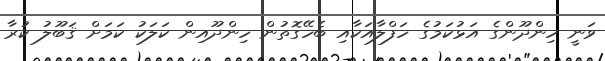
ވަނީ ހިންދޫންގެ އަޅުކަމުގެ ހަފްލާއަކާއި ބެހޭގޮތުން ހިންދޫއިން ކަލަކު ކަމަށް ޤަބޫލު ކުރާ